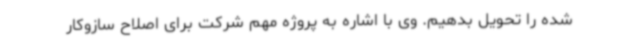
شده را تحویل بدهیم. وی با اشاره به پروژه مهم شرکت برای اصلاح سازوکار